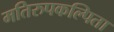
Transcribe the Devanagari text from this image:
मतिरुपकल्पिता